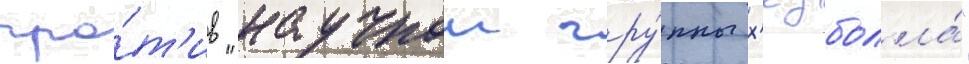
про́т'ив "научнои гру́ппы х'езболла́"